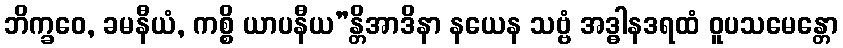
ဘိက္ခဝေ, ခမနီယံ, ကစ္စိ ယာပနီယ”န္တိအာဒိနာ နယေန သဗ္ဗံ အဒ္ဓါနဒရထံ ဝူပသမေန္တော